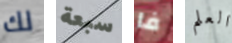
لك سبعة فا العلم